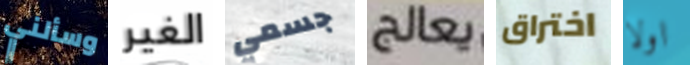
وسألني الغير جسمي يعالج اختراق اولا